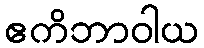
ဧကိဘာဝါယ